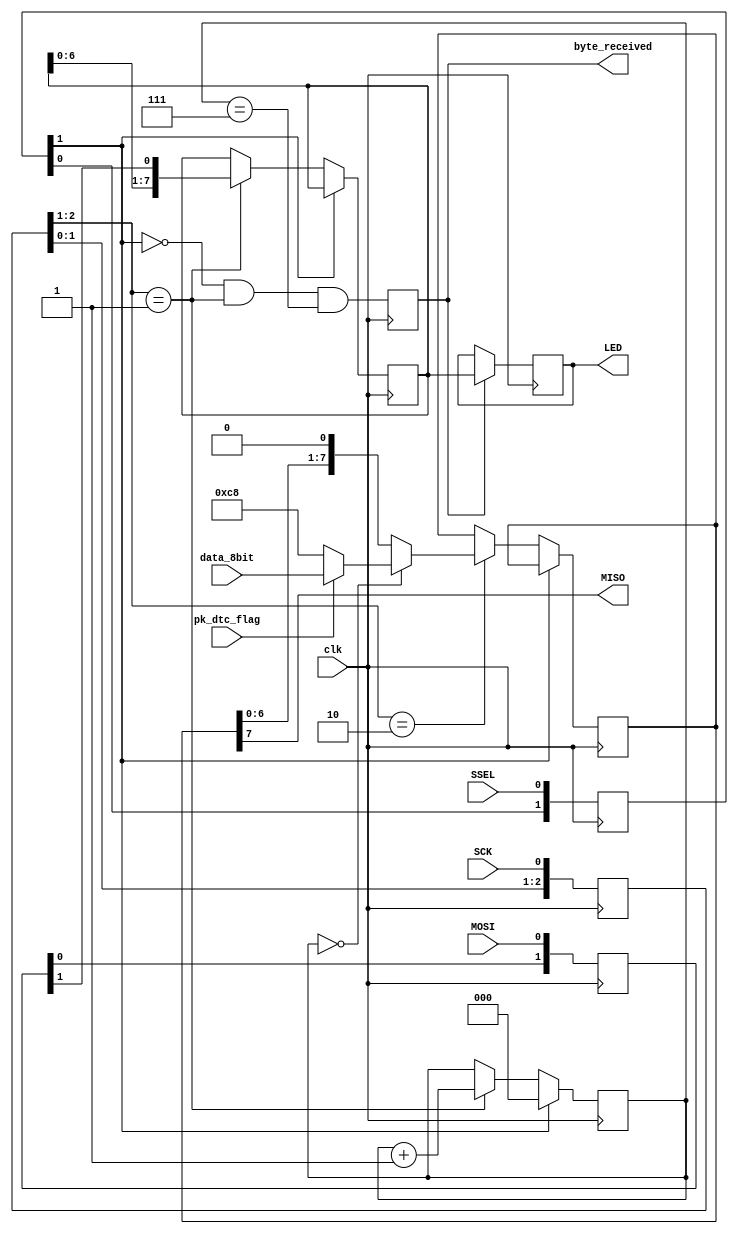
`timescale 1ns / 1ps
module SPI_slave1(clk, SCK, MOSI, pk_dtc_flag, data_8bit, MISO, SSEL, LED, byte_received);
input clk;
input SCK, SSEL, MOSI;
input pk_dtc_flag;
input [7:0]data_8bit;
output wire MISO;
output [7:0]LED;
output reg byte_received;  // high when a byte has been received
//////////////////////////////////////////////////////////////////////////////
// sync SCK to the FPGA clock using a 3-bits shift register
reg [2:0] SCKr;  always @(posedge clk) SCKr <= {SCKr[1:0], SCK};
wire SCK_risingedge = (SCKr[2:1]==2'b01);  // now we can detect SCK rising edges
wire SCK_fallingedge = (SCKr[2:1]==2'b10);  // and falling edges
// same thing for SSEL
wire SSEL_active, SSEL_startmessage, SSEL_endmessage;
reg [2:0] SSELr;  always @(posedge clk) SSELr <= {SSELr[1:0], SSEL};
assign SSEL_active = ~SSELr[1];  // SSEL is active low
assign SSEL_startmessage = (SSELr[2:1]==2'b10);  // message starts at falling edge
assign SSEL_endmessage = (SSELr[2:1]==2'b01);  // message stops at rising edge
// and for MOSI
reg [1:0] MOSIr;  always @(posedge clk) MOSIr <= {MOSIr[0], MOSI};
wire MOSI_data = MOSIr[1];
/////////////////////////////////////////////////////////////////////////////
// we handle SPI in 8-bits format, so we need a 3 bits counter to count the bits as they come in
reg [2:0] bitcnt;
reg [7:0] byte_data_received;
////////////////////////////////////////Receiver///////////////////////////
always @(posedge clk)
begin
  if(~SSEL_active)
    bitcnt <= 3'b000;
  else
  if(SCK_risingedge)
  begin
    bitcnt <= bitcnt + 3'b001;
    // implement a shift-left register (since we receive the data MSB first)
    byte_data_received <= {byte_data_received[6:0], MOSI_data};
  end
end
always @(posedge clk) byte_received <= SSEL_active && SCK_risingedge && (bitcnt==3'b111);
// we use the data received to control 8 LEDs
reg [7:0]LED;
always @(posedge clk) if(byte_received) LED <= byte_data_received;

////////////////////////////////Transmitter///////////////////////////////
reg [7:0] byte_data_sent=8'd0;
reg [7:0] cnt = 8'b11001000;//send 200 as the first message for successful connection. 
//always @(posedge clk) if(SSEL_startmessage) cnt<=cnt+8'h1;  // count the messages
always @(posedge clk)
if(SSEL_active)
begin
//  if(SSEL_startmessage)
//    byte_data_sent <= cnt;  // first byte sent in a message is of successful connection.
//  else
  if(SCK_fallingedge)
  begin
    if(bitcnt==3'b000)//It is being administered by above as both (send/receive) follow the same clocks. 
    begin
    if(pk_dtc_flag)
                begin
                byte_data_sent <= data_8bit;          
                end
                else 
                byte_data_sent <= cnt;//just send 0 after testing of 200. 
    end
    else
      byte_data_sent <= {byte_data_sent[6:0], 1'b0};
  end
end

assign MISO = byte_data_sent[7];  // send MSB first

//The data in "byte_data_sent" will only be updated once it has been completely offloaded. 
// we assume that there is only one slave on the SPI bus
// so we don't bother with a tri-state buffer for MISO
// otherwise we would need to tri-state MISO when SSEL is inactive
endmodule